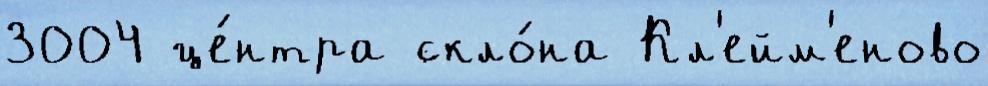
3004 це́нтра скло́на Кл'ейм'еново